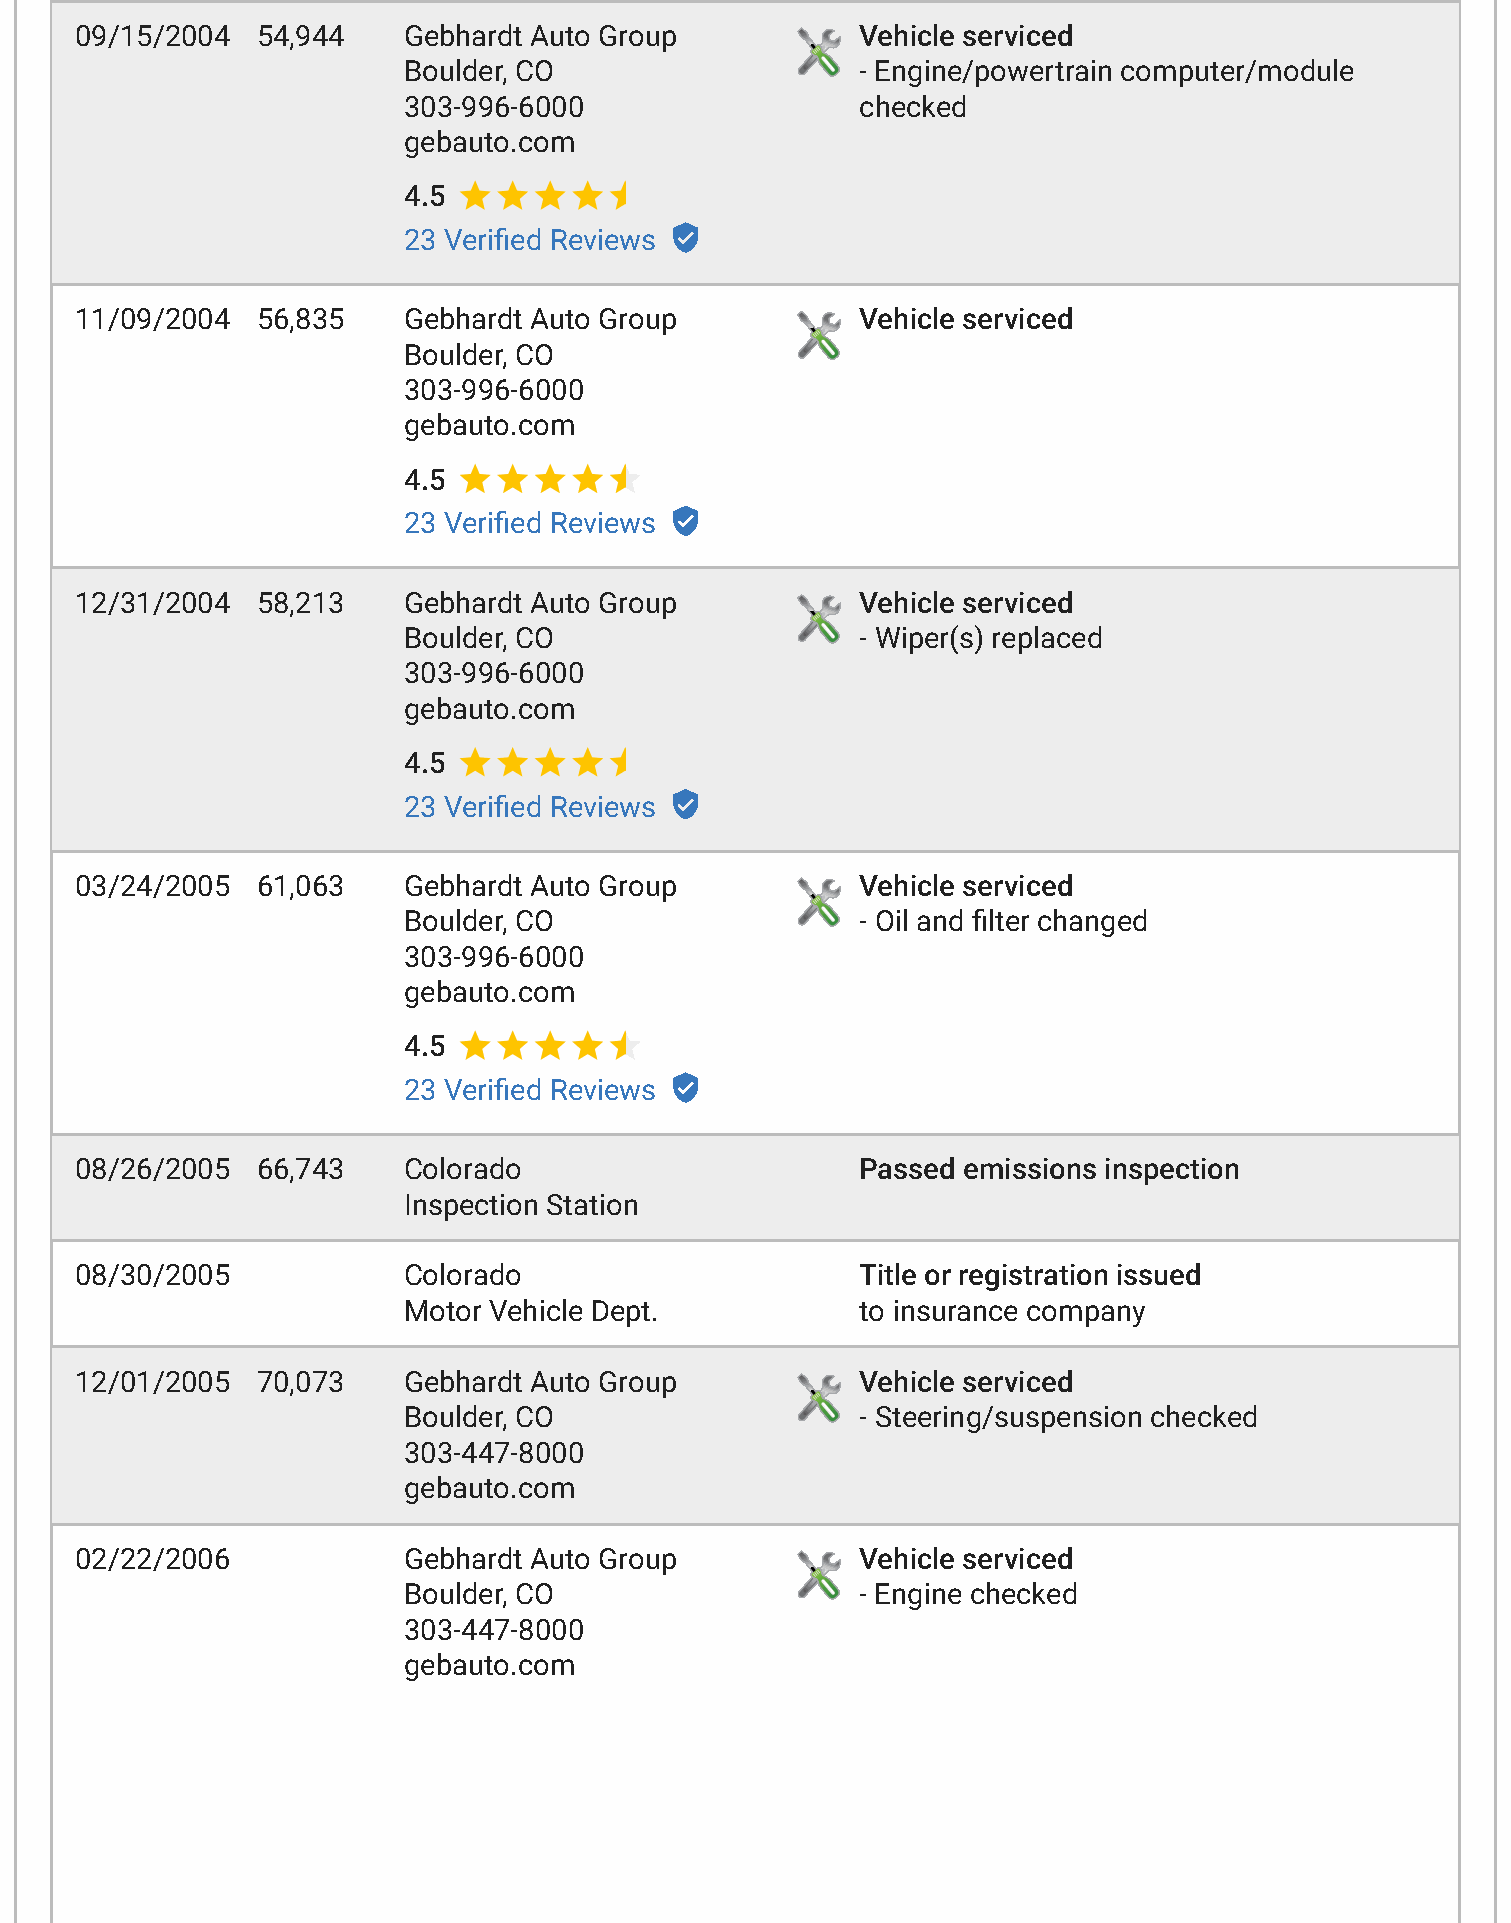
09/15/2004  54,944    Gebhardt Auto Group           Vehicle serviced
 Boulder, CO                   - Engine/powertrain computer/module
 303-996-6000                  checked
 gebauto.com
 4.5
 23 Verided Reviews
 11/09/2004  56,835    Gebhardt Auto Group           Vehicle serviced
 Boulder, CO
 303-996-6000
 gebauto.com
 4.5
 23 Verided Reviews
 12/31/2004  58,213    Gebhardt Auto Group           Vehicle serviced
 Boulder, CO                   - Wiper(s) replaced
 303-996-6000
 gebauto.com
 4.5
 23 Verided Reviews
 03/24/2005  61,063    Gebhardt Auto Group           Vehicle serviced
 Boulder, CO                   - Oil and dlter changed
 303-996-6000
 gebauto.com
 4.5
 23 Verided Reviews
 08/26/2005  66,743    Colorado                      Passed emissions inspection
 Inspection Station
 08/30/2005            Colorado                      Title or registration issued
 Motor Vehicle Dept.           to insurance company
 12/01/2005  70,073    Gebhardt Auto Group           Vehicle serviced
 Boulder, CO                   - Steering/suspension checked
 303-447-8000
 gebauto.com
 02/22/2006            Gebhardt Auto Group           Vehicle serviced
 Boulder, CO                   - Engine checked
 303-447-8000
 gebauto.com